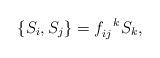
LaTeX: \begin{align*}\lbrace S_i,S_j \rbrace ={ f}_{ij}^{\;\;\;k} S_k,\end{align*}